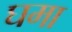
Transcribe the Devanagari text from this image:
घमा